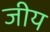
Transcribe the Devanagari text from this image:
जीय